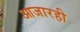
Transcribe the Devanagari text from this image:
आजारही